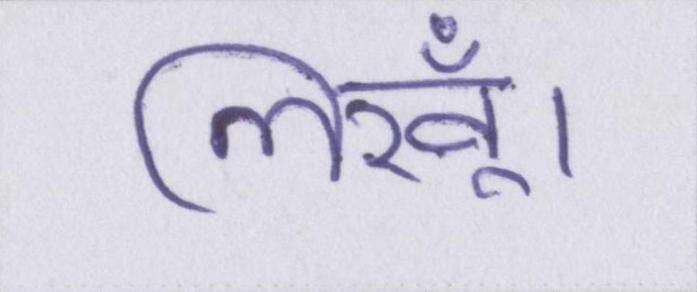
लिखूँ।